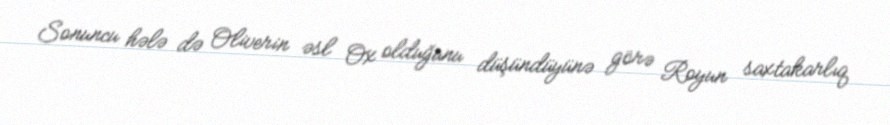
Sonuncu hələ də Oliverin əsl Ox olduğunu düşündüyünə görə Royun saxtakarlıq